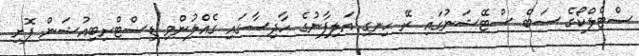
ސްޓެލްކޯގެ ސަބް ސްޓޭޝަނުގައި ރޭ ހިނގި އަލިފާނުގެ ހާދިސާގައި ގެއްލުންވި ޑިސްޓްރިބިއުޝަން ފޮށި